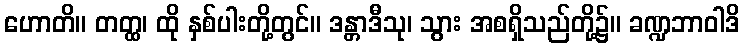
ဟောတိ။ တတ္ထ၊ ထို နှစ်ပါးတို့တွင်။ ဒန္တာဒီသု၊ သွား အစရှိသည်တို့၌။ ခဏ္ဍဘာဝါဒိ